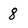
Character: 8